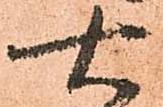
右